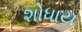
શોધાય